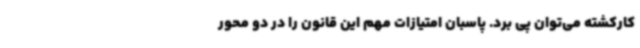
کارکشته می‌توان پی برد. پاسبان امتیازات مهم این قانون را در دو محور